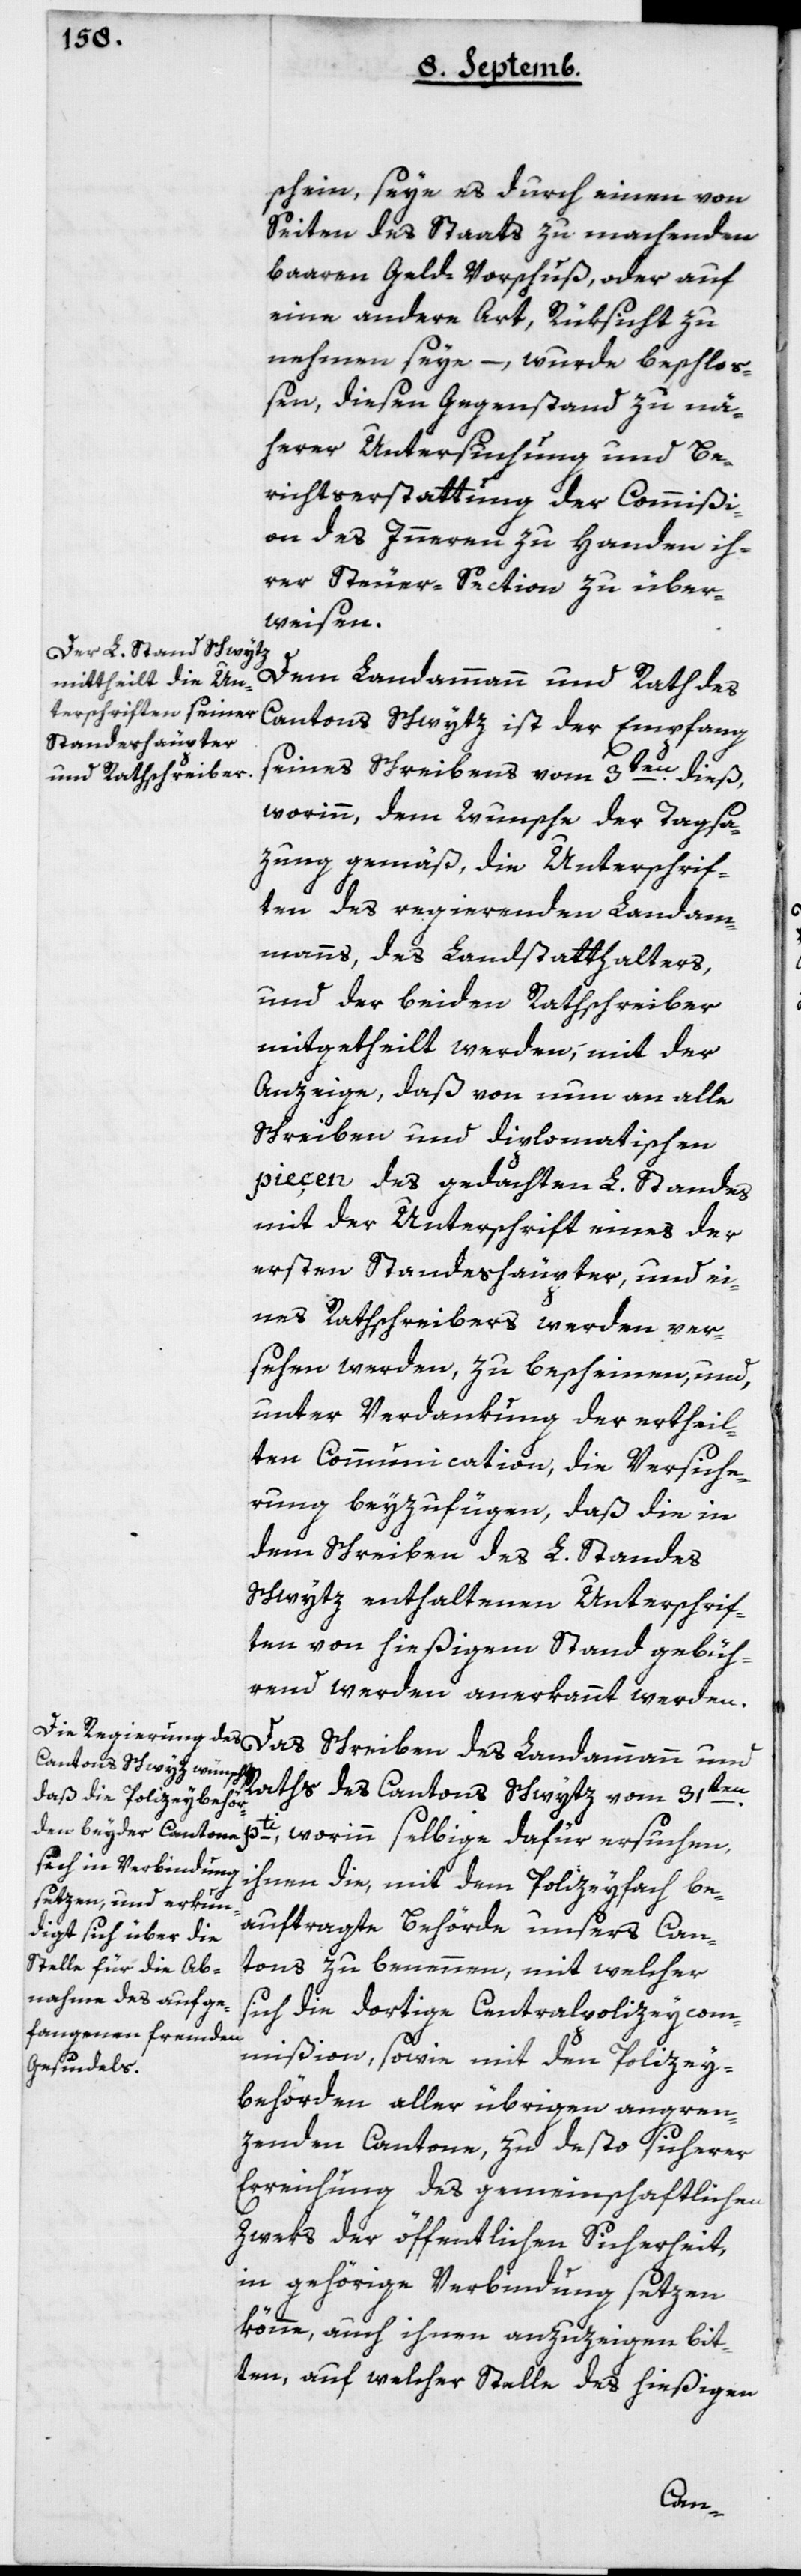
schein, seye es durch einen von
Seiten des Staats zu machenden
baaren Geld-Vorschuß, oder auf
eine andere Art Rüksicht zu
nehmen seye, – wurde beschloß¬
en, diesen Gegenstand zu nä¬
herer Untersuchung und Be¬
richterstattung der Commißi¬
on des Innern zu Handen ih¬
rer Steuer-Section zu über¬
weisen.
Dem Landammann und Rath des
Cantons Schwytz ist der Empfang
seines Schreibens vom 3ten dieß,
worinn dem Wunsche der Tagsa¬
zung gemäß, die Unterschrif¬
ten des regierenden Landam¬
manns, des Landstatthalters,
und der beyden Rathschreiber
mitgetheilt werden, mit der
Anzeige, daß von nun an alle
Schreiben und diplomatischen
pieçen des gedachten L. Standes
mit der Unterschrift eines der
ersten Standeshäupter, und ei¬
nes Rathschreibers werden ver¬
sehen werden, zu bescheinen, und
unter Verdankung der ertheil¬
ten Communication, die Versiche¬
rung beyzufügen, daß die in
dem Schreiben des L. Standes
Schwytz enthaltenen Unterschrif¬
ten von hießigem Stand gebüh¬
rend werden anerkannt werden.
Das Schreiben des Landammanns und
Raths des Cantons Schwytz vom 31ten
pti, worinn selbige dafür ersuchen,
ihnen die, mit dem Policeyfach be¬
auftragte Behörde unsers Can¬
tons zu benennen, mit welcher
sich die dortige Centralpolizeicom¬
mißion, sowie mit den Policey¬
behörden aller übrigen angren¬
zenden Cantone, zu desto sicherer
Erreichung des gemeinschaftlichen
Zweks der öffentlichen Sicherheit,
in gehörige Verbindung setzen
könne, auch ihnen anzuzeigen bit¬
ten, auf welcher Stelle des hießigen